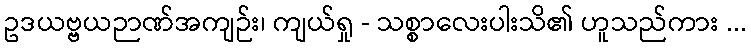
ဥဒယဗ္ဗယဉာဏ်အကျဉ်း၊ ကျယ်ရှု - သစ္စာလေးပါးသိ၏ ဟူသည်ကား ...